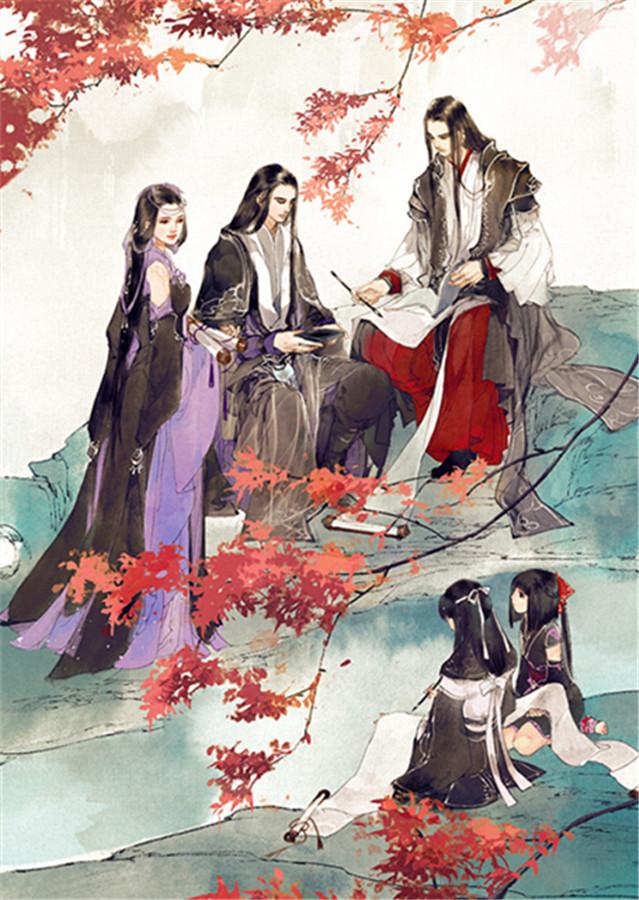
为谁醉倒为谁醒，到今犹恨轻离别。